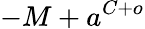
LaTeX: -M+a^{C+o}